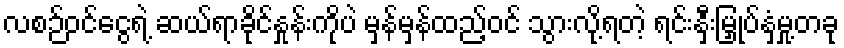
လစဉ်ဝင်ငွေရဲ့ ဆယ်ရာခိုင်နှုန်းကိုပဲ မှန်မှန်ထည့်ဝင် သွားလို့ရတဲ့ ရင်းနှီးမြှုပ်နှံမှု့တခု